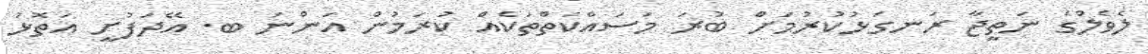
ލެވެލްގެ ނަތީޖާ ރަނގަޅުކުރުމަށް ބުރަ މަސައްކަތްތަކެއް ކުރަމުން އަންނަ ބ. އޭދަފުށީ އަތޮޅު